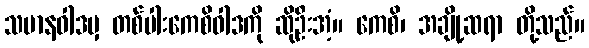
သမာနဝါဒမှ တစ်ပါးကေစိဝါဒကို ဆိုဦးအံ့။ ကေစိ၊ အချို့ဆရာ တို့သည်။